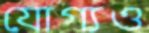
যোগ্যও